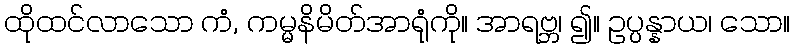
ထိုထင်လာသော ကံ, ကမ္မနိမိတ်အာရုံကို။ အာရဗ္ဘ၊ ၍။ ဥပ္ပန္နာယ၊ သော။